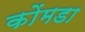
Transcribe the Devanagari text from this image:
कोंमडा